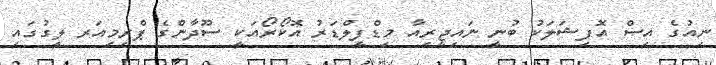
ނިއުގެ އިސް އޮފިޝަލަކު ބުނީ ނައިޖީރިއާ މިޑްފީލްޑަރު އޮކޯރޯއަކީ ސޫދާންގެ ޕްރިމިއަރ ލީގުގައި